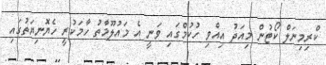
ކްރިމިނަލް ކޯޓުން މިއަދު އިއްވި ހުކުމްގައި ވަނީ އެ މައުލޫމާތު ހާމަކުރީ ހެޔޮނިޔަތުގައި